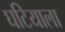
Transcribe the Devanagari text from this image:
घटियाला